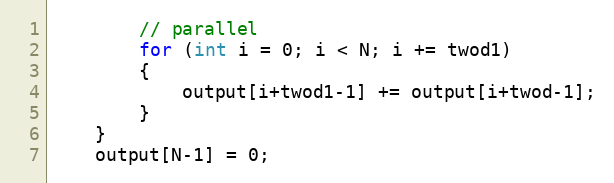
Language: C++
        // parallel
        for (int i = 0; i < N; i += twod1)
        {
            output[i+twod1-1] += output[i+twod-1];
        }
    }
    output[N-1] = 0;